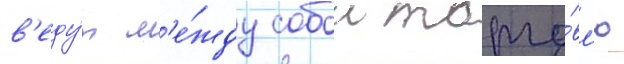
в'еду́т м'е́жду собои торго́вл'ю